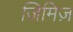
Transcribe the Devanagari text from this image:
जिमिज़